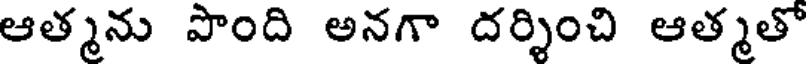
ఆత్మను పొంది అనగా దర్శించి ఆత్మతో